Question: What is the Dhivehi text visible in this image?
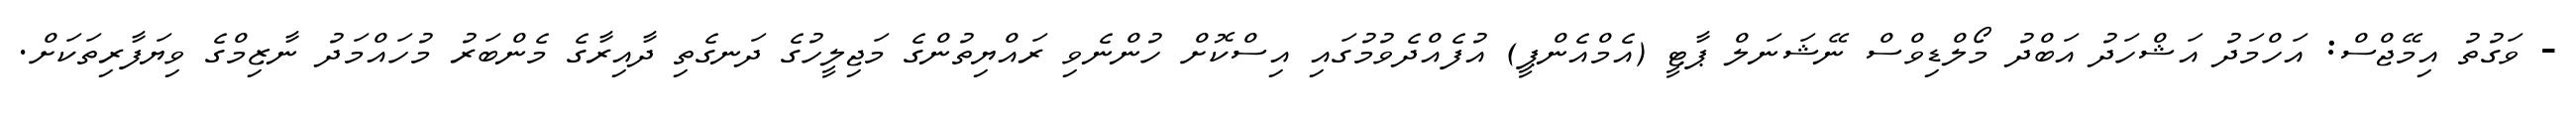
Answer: - ވަގުތު އިމޭޖްސް: އަހްމަދު އަޝްހަދު އަބްދު މޯލްޑިވްސް ނޭޝަނަލް ޕާޓީ (އެމްއެންޕީ) އުފެއްދެވުމުގައި އިސްކޮށް ހުންނެވި ރައްޔިތުންގެ މަޖިލީހުގެ ދަނގެތި ދާއިރާގެ މެންބަރު މުހައްމަދު ނާޒިމްގެ ވިޔަފާރިތަކަށް.